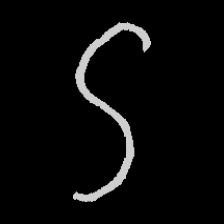
Pyu character \u2014 Myanmar letter: ဌ (romanized: ttha)